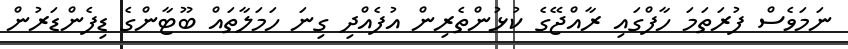
ނަމަވެސް ފުރަތަމަ ހާފްގައި ރާއްޖޭގެ ކުޅުންތެރިން އުފެއްދި ގިނަ ހަމަލާތައް ބޫޓާންގެ ޑިފެންޑަރުން